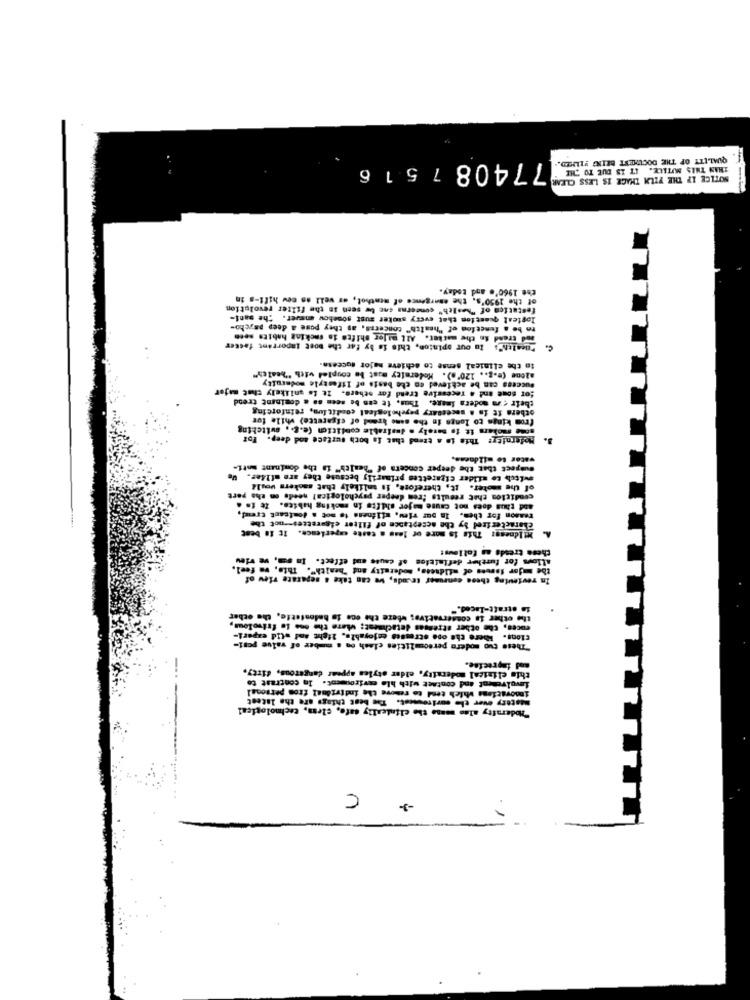
77408 1516
QUALITY OF THE DOCUMENT BELIG FILMED.
THAN THIS MITELE. IT IS DUE TO THE
NOTICE IP THE FILM THACE IS LESS CLEAR
the 1960'. and today.
of the 1950's, the emergence of menthol, as well as cew hil !- s in
festatica of "health" concerns cnc bw seen in the filter revolution
logieat question that every smoker sust somehow answer. The mant-
to be a function of "health" concerss, as they pose a deep psycho-
zod trend in the macher. All mijer shifte is emcking habits noch
"Wealth's In our opinion, this is by far the most important faster
azone (e.g ., 120'.). Moderatey must be coupled with "healey"
in the clinical sense to achieve nafor success.
Success can be achieved en che basis of lifestyle modernity
for some and . recessive tread for others. It is unlikely that major
their < za modera image. Thus. te can be seen as a dominant trend
others It is a necessary psychological condition, reinforcing
from kings to longs in the same hrend of cigarette) while for
some molars it is merely . desirable condition (e.g ., switching
Moderoleg: This to a trend that is both surface sod deep. For
water to mildness,
Suspect that the deeper concera of "health" is the dominant matt-
wvitch to silder cigarettes primarily because they are afler.
of the moter. It, therefore, it talikely that smokers vosll
condicion chat results frem deeper psychological neede on the port
and thus does not cause major shifts in smoking habits. te to a
reason for them. In pur view, milanesa to mot a douteest treu !,
Characterized by the acceptance of fileet cigarettes -- not the
IlIdnesg: This is more of loss a caste experience. It is best
these treads as follows!
allows for further definition of cause and effect. In om, ve vinu
y and "health". This. ..
the mjor forces of mildacts, moderaity and "health". This, we feel.
In reviewing theos consumer trunds, wo can take a separate view of
is etratt-laced."
the other is conservative; where the ece io holonfette, the other
euces, the other atremuas detachment; where the one to frivolous,
Cions. Where the ope stresses enjoyable, light and atid exper !-
"These tuo modern personalities clash on a number of value pomi-
this clinical moderaity, elder styles appear dangerous, dirty.
and faprecise.
Lavolvement and contact with hle eswirdument. In contrast to
innovations which tend to remove the individual from personal
Matery over clo corirounest. The best things are the latest
"Moderafty alan mane the clinically safe, cleas, technologien!
C